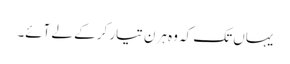
یہاں تک کہ وہ ہرن تیار کر کے لے آئے۔